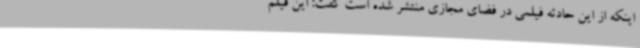
اینکه از این حادثه فیلمی در فضای مجازی منتشر شده است گفت: این فیلم